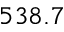
5 3 8 . 7